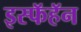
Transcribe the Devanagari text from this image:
इस्फॅहॅन